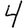
Digit: 4